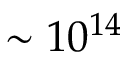
\sim 1 0 ^ { 1 4 }